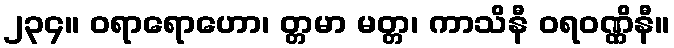
၂၃၄။ ဝရာရောဟော၊ တ္တမာ မတ္တ၊ ကာသိနီ ဝရဝဏ္ဏိနီ။